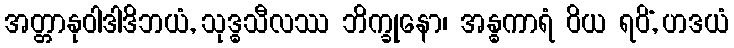
အတ္တာနုဝါဒါဒိဘယံ, သုဒ္ဓသီလဿ ဘိက္ခုနော၊ အန္ဓကာရံ ဝိယ ရဝိံ, ဟဒယံ